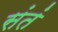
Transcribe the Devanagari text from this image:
संतं